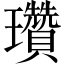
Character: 瓚